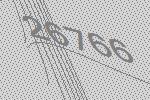
26766